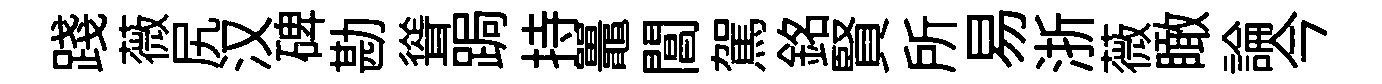
踐薇尻汉碑勘聳跼持鼉閶駕銘賢所易浙薇瞰論今